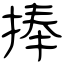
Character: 捧